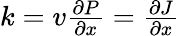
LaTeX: \begin{array}{r}{k=v{\frac{\partial P}{\partial x}}={\frac{\partial J}{\partial x}}}\end{array}